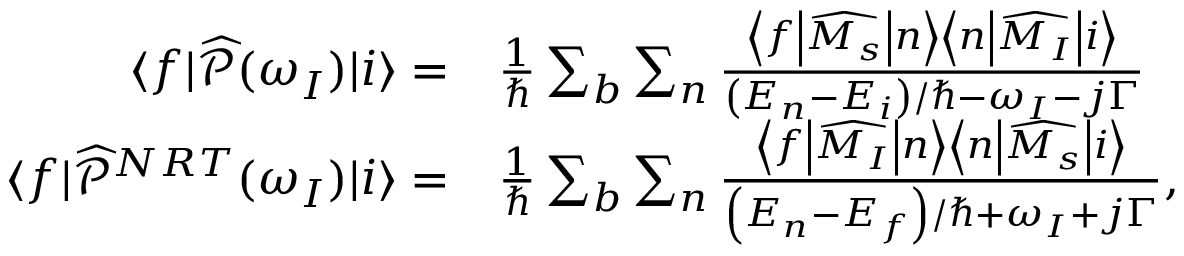
\begin{array} { r l } { \langle f \vert \widehat { \mathcal { P } } ( \omega _ { I } ) \vert i \rangle = } & { { } \frac { 1 } { \hbar } \sum _ { b } \sum _ { n } \frac { \left< f \middle | \widehat { M _ { s } } \middle | n \right> \left< n \middle | \widehat { M _ { I } } \middle | i \right> } { \left( E _ { n } - E _ { i } \right) / \hbar - \omega _ { I } - j \Gamma } } \\ { \langle f \vert \widehat { \mathcal { P } } ^ { N R T } ( \omega _ { I } ) \vert i \rangle = } & { { } \frac { 1 } { \hbar } \sum _ { b } \sum _ { n } \frac { \left< f \middle | \widehat { M _ { I } } \middle | n \right> \left< n \middle | \widehat { M _ { s } } \middle | i \right> } { \left( E _ { n } - E _ { f } \right) / \hbar + \omega _ { I } + j \Gamma } , } \end{array}